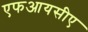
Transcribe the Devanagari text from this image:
एफआयसीए